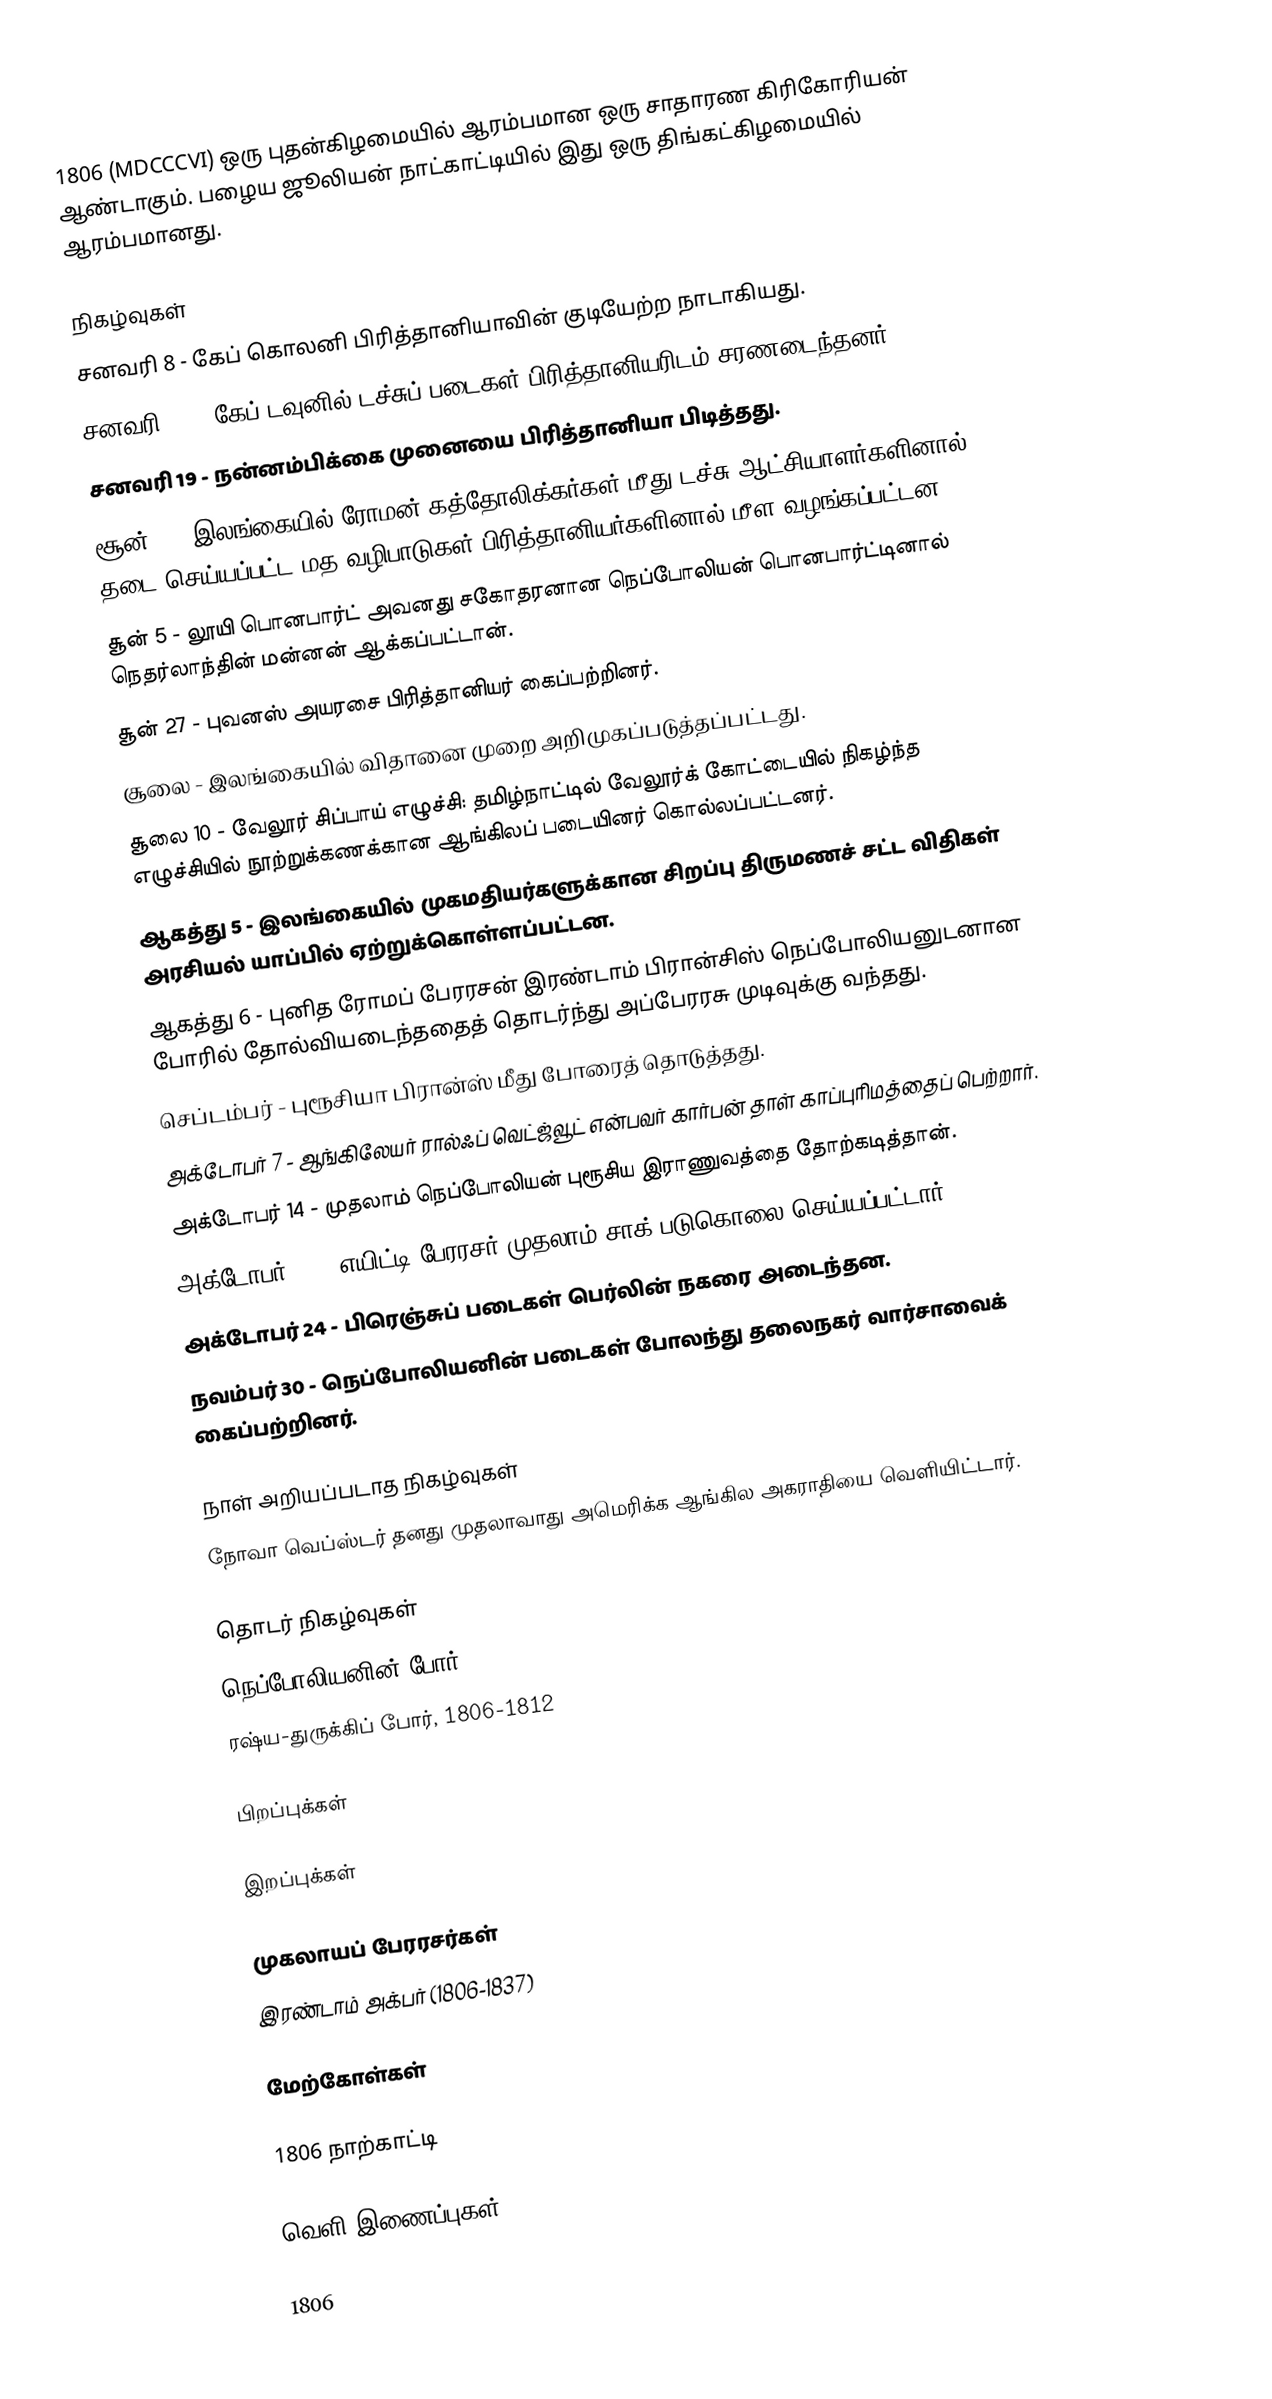
1806  (MDCCCVI) ஒரு புதன்கிழமையில் ஆரம்பமான ஒரு சாதாரண கிரிகோரியன் ஆண்டாகும். பழைய ஜூலியன் நாட்காட்டியில் இது ஒரு திங்கட்கிழமையில் ஆரம்பமானது.

நிகழ்வுகள்
 சனவரி 8 - கேப் கொலனி பிரித்தானியாவின் குடியேற்ற நாடாகியது.
 சனவரி 10 - கேப் டவுனில் டச்சுப் படைகள் பிரித்தானியரிடம் சரணடைந்தனர்.
 சனவரி 19 - நன்னம்பிக்கை முனையை பிரித்தானியா பிடித்தது.
 சூன் 4 - இலங்கையில் ரோமன் கத்தோலிக்கர்கள் மீது டச்சு ஆட்சியாளர்களினால் தடை செய்யப்பட்ட மத வழிபாடுகள் பிரித்தானியர்களினால் மீள வழங்கப்பட்டன.
 சூன் 5 - லூயி பொனபார்ட் அவனது சகோதரனான நெப்போலியன் பொனபார்ட்டினால் நெதர்லாந்தின் மன்னன் ஆக்கப்பட்டான்.
 சூன் 27 - புவனஸ் அயரசை பிரித்தானியர் கைப்பற்றினர்.
 சூலை - இலங்கையில் விதானை முறை அறிமுகப்படுத்தப்பட்டது.
 சூலை 10 - வேலூர் சிப்பாய் எழுச்சி: தமிழ்நாட்டில் வேலூர்க் கோட்டையில் நிகழ்ந்த எழுச்சியில் நூற்றுக்கணக்கான ஆங்கிலப் படையினர் கொல்லப்பட்டனர்.
 ஆகத்து 5 - இலங்கையில் முகமதியர்களுக்கான சிறப்பு திருமணச் சட்ட விதிகள் அரசியல் யாப்பில் ஏற்றுக்கொள்ளப்பட்டன.
 ஆகத்து 6 - புனித ரோமப் பேரரசன் இரண்டாம் பிரான்சிஸ் நெப்போலியனுடனான போரில் தோல்வியடைந்ததைத் தொடர்ந்து அப்பேரரசு முடிவுக்கு வந்தது.
 செப்டம்பர் - புரூசியா பிரான்ஸ் மீது போரைத் தொடுத்தது.
 அக்டோபர் 7 - ஆங்கிலேயர் ரால்ஃப் வெட்ஜ்வூட் என்பவர் கார்பன் தாள் காப்புரிமத்தைப் பெற்றார்.
 அக்டோபர் 14 - முதலாம் நெப்போலியன் புரூசிய இராணுவத்தை தோற்கடித்தான்.
 அக்டோபர் 17 - எயிட்டி பேரரசர் முதலாம் சாக் படுகொலை செய்யப்பட்டார்.
 அக்டோபர் 24 - பிரெஞ்சுப் படைகள் பெர்லின் நகரை அடைந்தன.
 நவம்பர் 30 - நெப்போலியனின் படைகள் போலந்து தலைநகர் வார்சாவைக் கைப்பற்றினர்.

நாள் அறியப்படாத நிகழ்வுகள்
 நோவா வெப்ஸ்டர் தனது முதலாவாது அமெரிக்க ஆங்கில அகராதியை வெளியிட்டார்.

தொடர் நிகழ்வுகள்
 நெப்போலியனின் போர் (1799-1815)
 ரஷ்ய-துருக்கிப் போர், 1806-1812

பிறப்புக்கள்

இறப்புக்கள்

முகலாயப் பேரரசர்கள்
 இரண்டாம் அக்பர் (1806-1837)

மேற்கோள்கள்

1806 நாற்காட்டி

வெளி இணைப்புகள்

1806